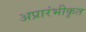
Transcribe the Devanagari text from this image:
अप्रारंभीकृत